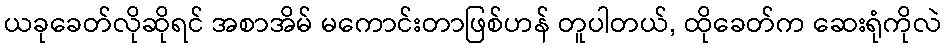
ယခုခေတ်လိုဆိုရင် အစာအိမ် မကောင်းတာဖြစ်ဟန် တူပါတယ်, ထိုခေတ်က ဆေးရုံကိုလဲ